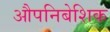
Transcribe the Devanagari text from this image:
औपनिबेशिक